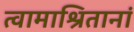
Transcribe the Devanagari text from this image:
त्वामाश्रितानां